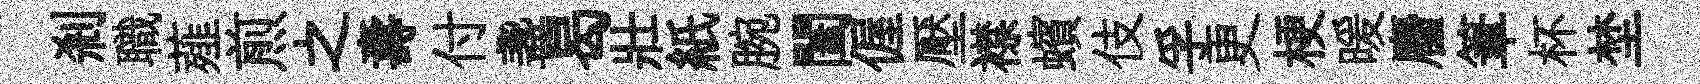
剎職薤煎之夀付盞曷壯紙腕闔偓壓襟蠙伎孚更梗暖麕筆杯埜